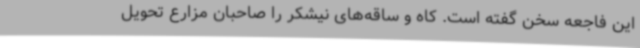
این فاجعه سخن گفته است. کاه و ساقه‌های نیشکر را صاحبان مزارع تحویل